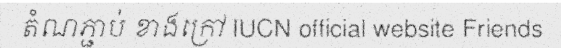
តំណភ្ជាប់ ខាងក្រៅ IUCN official website Friends